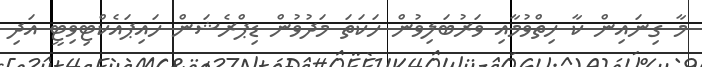
މާ ގިނައިން ކާ ހިތްވުމާއި ވަރުބަލިވުން ހަކަތަ މަދުވުން ޑިޕްރެޝަން ހައިޕައެކްޓިވިޓީ އަދި